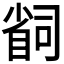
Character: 𫵆